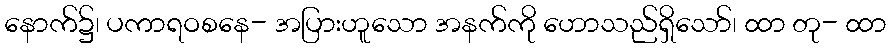
နောက်၌၊ ပကာရဝစနေ- အပြားဟူသော အနက်ကို ဟောသည်ရှိသော်၊ ထာ တု- ထာ